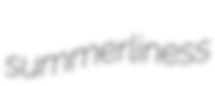
summerliness